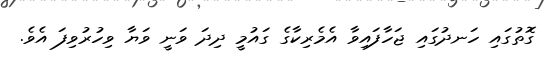
ގޮތުގައި ހަނދުގައި ޖަހާފައިވާ އެމެރިކާގެ ގައުމީ ދިދަ ވަނީ ވަޔާ ވިހުރުވިފަ އެވެ.